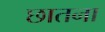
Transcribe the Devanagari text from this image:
छातना